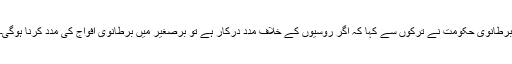
برطانوی حکومت نے ترکوں سے کہا کہ اگر روسیوں کے خلاف مدد درکار ہے تو برصغیر میں برطانوی افواج کی مدد کرنا ہوگی۔